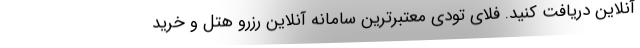
آنلاین دریافت کنید. فلای تودی معتبرترین سامانه آنلاین رزرو هتل و خرید